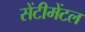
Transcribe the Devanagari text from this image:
सेंटीमेंटल